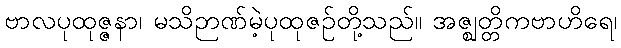
ဗာလပုထုဇ္ဇနာ၊ မသိဉာဏ်မဲ့ပုထုဇဉ်တို့သည်။ အဇ္ဈတ္တိကဗာဟိရေ၊